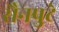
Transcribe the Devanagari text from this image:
सैनपुटे